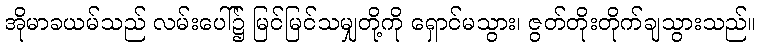
အိုမာခယမ်သည် လမ်းပေါ်၌ မြင်မြင်သမျှတို့ကို ရှောင်မသွား၊ ဇွတ်တိုးတိုက်ချသွားသည်။